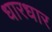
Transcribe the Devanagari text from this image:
धारधार